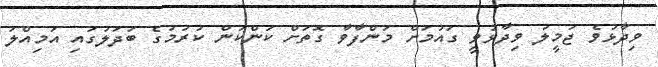
ވިދާޅުވެ ޖަމީލު ވިދާޅުވީ ގައުމަށް މަންފާވާ ގޮތަށް ކަންކަން ކުރުމުގެ ބަދަލުގައި އަމިއްލަ